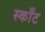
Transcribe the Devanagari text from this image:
स्काँट